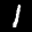
Label: 1